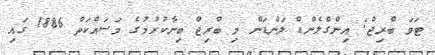
ޓަވަ ބްރިޖް: އިންގްލެންޑް ލަންޑަން މި ބްރިޖް ބިނާކުރުމުގެ މަސައްކަތް 1886 ގައި